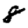
Digit: 8